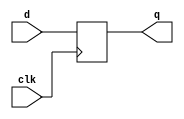
module dff(clk, d, q);
input clk, d;
output reg q;
always @(posedge clk)
	q <= d;
endmodule